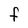
Character: F